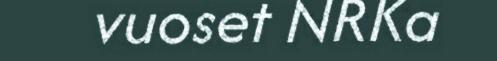
vuoset NRKa